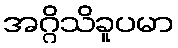
အဂ္ဂိသိခူပမာ